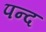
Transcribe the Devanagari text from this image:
पन्द